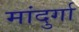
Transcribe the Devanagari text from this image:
मांदुर्गा